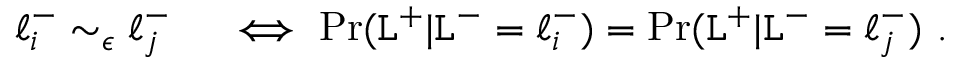
\begin{array} { r l } { \ell _ { i } ^ { - } \sim _ { \epsilon } \ell _ { j } ^ { - } } & { { } \iff \operatorname* { P r } ( \mathtt { L } ^ { + } | \mathtt { L } ^ { - } = \ell _ { i } ^ { - } ) = \operatorname* { P r } ( \mathtt { L } ^ { + } | \mathtt { L } ^ { - } = \ell _ { j } ^ { - } ) ~ . } \end{array}